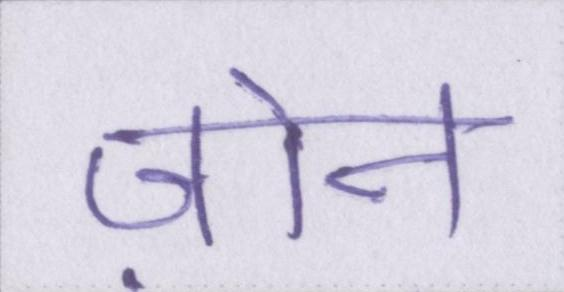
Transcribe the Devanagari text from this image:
ज़ोन